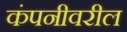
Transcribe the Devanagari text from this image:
कंपनीवरील